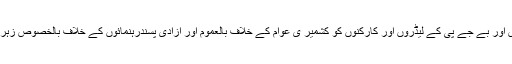
اشرف صحرائی نے کہا کہ بھارت کی فرقہ پرست حکومت نے آر ایس ایس اور بے جے پی کے لیڈروں اور کارکنوں کو کشمیر ی عوام کے خلاف بالعموم اور آزادی پسندرہنمائوں کے خلاف بالخصوص زہریلے پروپیگنڈے اور انتشار پر مبنی تقاریر کی کھلی چھوٹ دے رکھی ہے۔